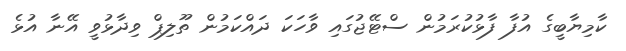
ކާމިޔާބީގެ އުފާ ފާޅުކުރަމުން ސްޓޭޖުގައި ވާހަކަ ދައްކަމުން ތޫލިޕް ވިދާޅުވީ އޭނާ އުޅެ